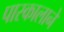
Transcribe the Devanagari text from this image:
पास्कालाने